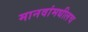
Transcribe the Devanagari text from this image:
मानवांमधीलच